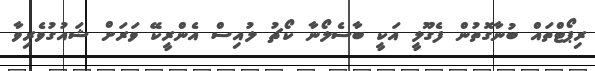
ރިޕޯޓްތައް ބުނާގޮތުން ފެގޫލީ އަކީ ބާސެލޯނާ ކޯޗު ލުއިސް އެންރީކޭ ވަރަށް ޝައުގުވެރިވާ